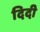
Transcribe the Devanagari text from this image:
दिदी